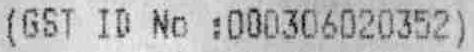
(GST ID NO :000306020352)